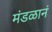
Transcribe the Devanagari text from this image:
मंडळानं